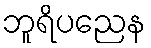
ဘူရိပညေန